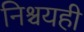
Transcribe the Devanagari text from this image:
निश्चयही